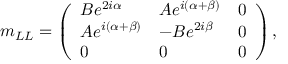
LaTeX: m _ { L L } = \left( \begin{array} { l l l } { { B e ^ { 2 i \alpha } } } & { { A e ^ { i ( \alpha + \beta ) } } } & { { 0 } } \\ { { A e ^ { i ( \alpha + \beta ) } } } & { { - B e ^ { 2 i \beta } } } & { { 0 } } \\ { { 0 } } & { { 0 } } & { { 0 } } \end{array} \right) ,